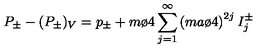
P _ { \pm } - ( P _ { \pm } ) _ { V } = p _ { \pm } + { m \o 4 } \sum _ { j = 1 } ^ { \infty } \left( { { m a } \o 4 } \right) ^ { 2 j } I _ { j } ^ { \pm }